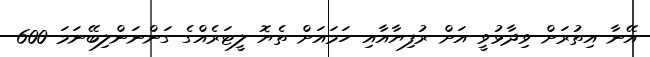
އޭނާ އިތުރަށް ވިދާޅުވީ އަށް ރުފިޔާއާއި ހަމައަށް ތެޔޮ ލީޓަރެއްގެ ގަންނަންލިބޭނަމަ 600